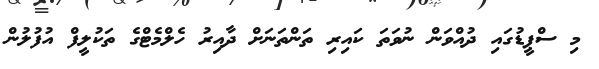
މި ސްޕީޑުގައި ދުއްވަން ނުވަތަ ކައިރި ތަންތަނަށް ދާއިރު ހެލްމެޓްގެ ތަކުލީފް އުފުލުން